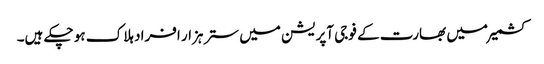
کشمیر میں بھارت کے فوجی آپریشن میں ستر ہزار افراد ہلاک ہو چکے ہیں۔